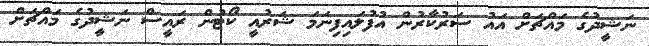
ނަޝީދުގެ މައްޗަށް އައު ސަރުކާރުން އުފުލައިފިނަމަ ޝަރުއީ ކޯޓުން ރައީސް ނަޝީދުގެ މައްޗަށް